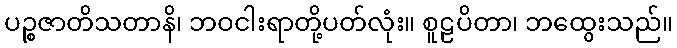
ပဉ္စဇာတိသတာနိ၊ ဘဝငါးရာတို့ပတ်လုံး။ စူဠပိတာ၊ ဘထွေးသည်။